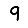
Digit: 9